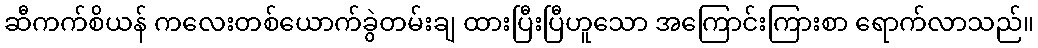
ဆီကက်စိယန် ကလေးတစ်ယောက်ခွဲတမ်းချ ထားပြီးပြီဟူသော အကြောင်းကြားစာ ရောက်လာသည်။